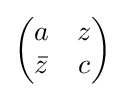
{\begin{pmatrix}a&z\\{\bar {z}}&c\end{pmatrix}}